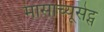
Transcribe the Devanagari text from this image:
मासाच्यूसेट्स